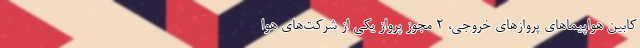
کابین هواپیماهای پروازهای خروجی، ۲ مجوز پرواز یکی از شرکت‌های هوا